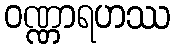
ဝဏ္ဏာရဟဿ